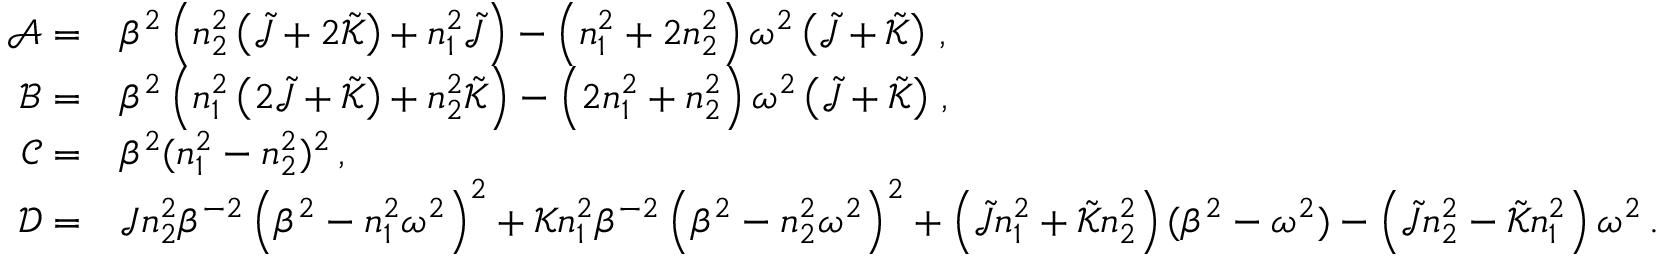
\begin{array} { r l } { \mathscr { A } = } & { \beta ^ { 2 } \left( n _ { 2 } ^ { 2 } \left( \tilde { \mathcal { J } } + 2 \tilde { \mathcal { K } } \right) + n _ { 1 } ^ { 2 } \tilde { \mathcal { J } } \right) - \left( n _ { 1 } ^ { 2 } + 2 n _ { 2 } ^ { 2 } \right) \omega ^ { 2 } \left( \tilde { \mathcal { J } } + \tilde { \mathcal { K } } \right) \, , } \\ { \mathscr { B } = } & { \beta ^ { 2 } \left( n _ { 1 } ^ { 2 } \left( 2 \tilde { \mathcal { J } } + \tilde { \mathcal { K } } \right) + n _ { 2 } ^ { 2 } \tilde { \mathcal { K } } \right) - \left( 2 n _ { 1 } ^ { 2 } + n _ { 2 } ^ { 2 } \right) \omega ^ { 2 } \left( \tilde { \mathcal { J } } + \tilde { \mathcal { K } } \right) \, , } \\ { \mathscr { C } = } & { \beta ^ { 2 } ( n _ { 1 } ^ { 2 } - n _ { 2 } ^ { 2 } ) ^ { 2 } \, , } \\ { \mathscr { D } = } & { \mathcal { J } n _ { 2 } ^ { 2 } \beta ^ { - 2 } \left( \beta ^ { 2 } - n _ { 1 } ^ { 2 } \omega ^ { 2 } \right) ^ { 2 } + \mathcal { K } n _ { 1 } ^ { 2 } \beta ^ { - 2 } \left( \beta ^ { 2 } - n _ { 2 } ^ { 2 } \omega ^ { 2 } \right) ^ { 2 } + \left( \tilde { \mathcal { J } } n _ { 1 } ^ { 2 } + \tilde { \mathcal { K } } n _ { 2 } ^ { 2 } \right) ( \beta ^ { 2 } - \omega ^ { 2 } ) - \left( \tilde { \mathcal { J } } n _ { 2 } ^ { 2 } - \tilde { \mathcal { K } } n _ { 1 } ^ { 2 } \right) \omega ^ { 2 } \, . } \end{array}